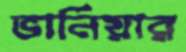
ভার্নিয়ার